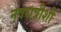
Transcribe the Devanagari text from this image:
नवरात्रीशी